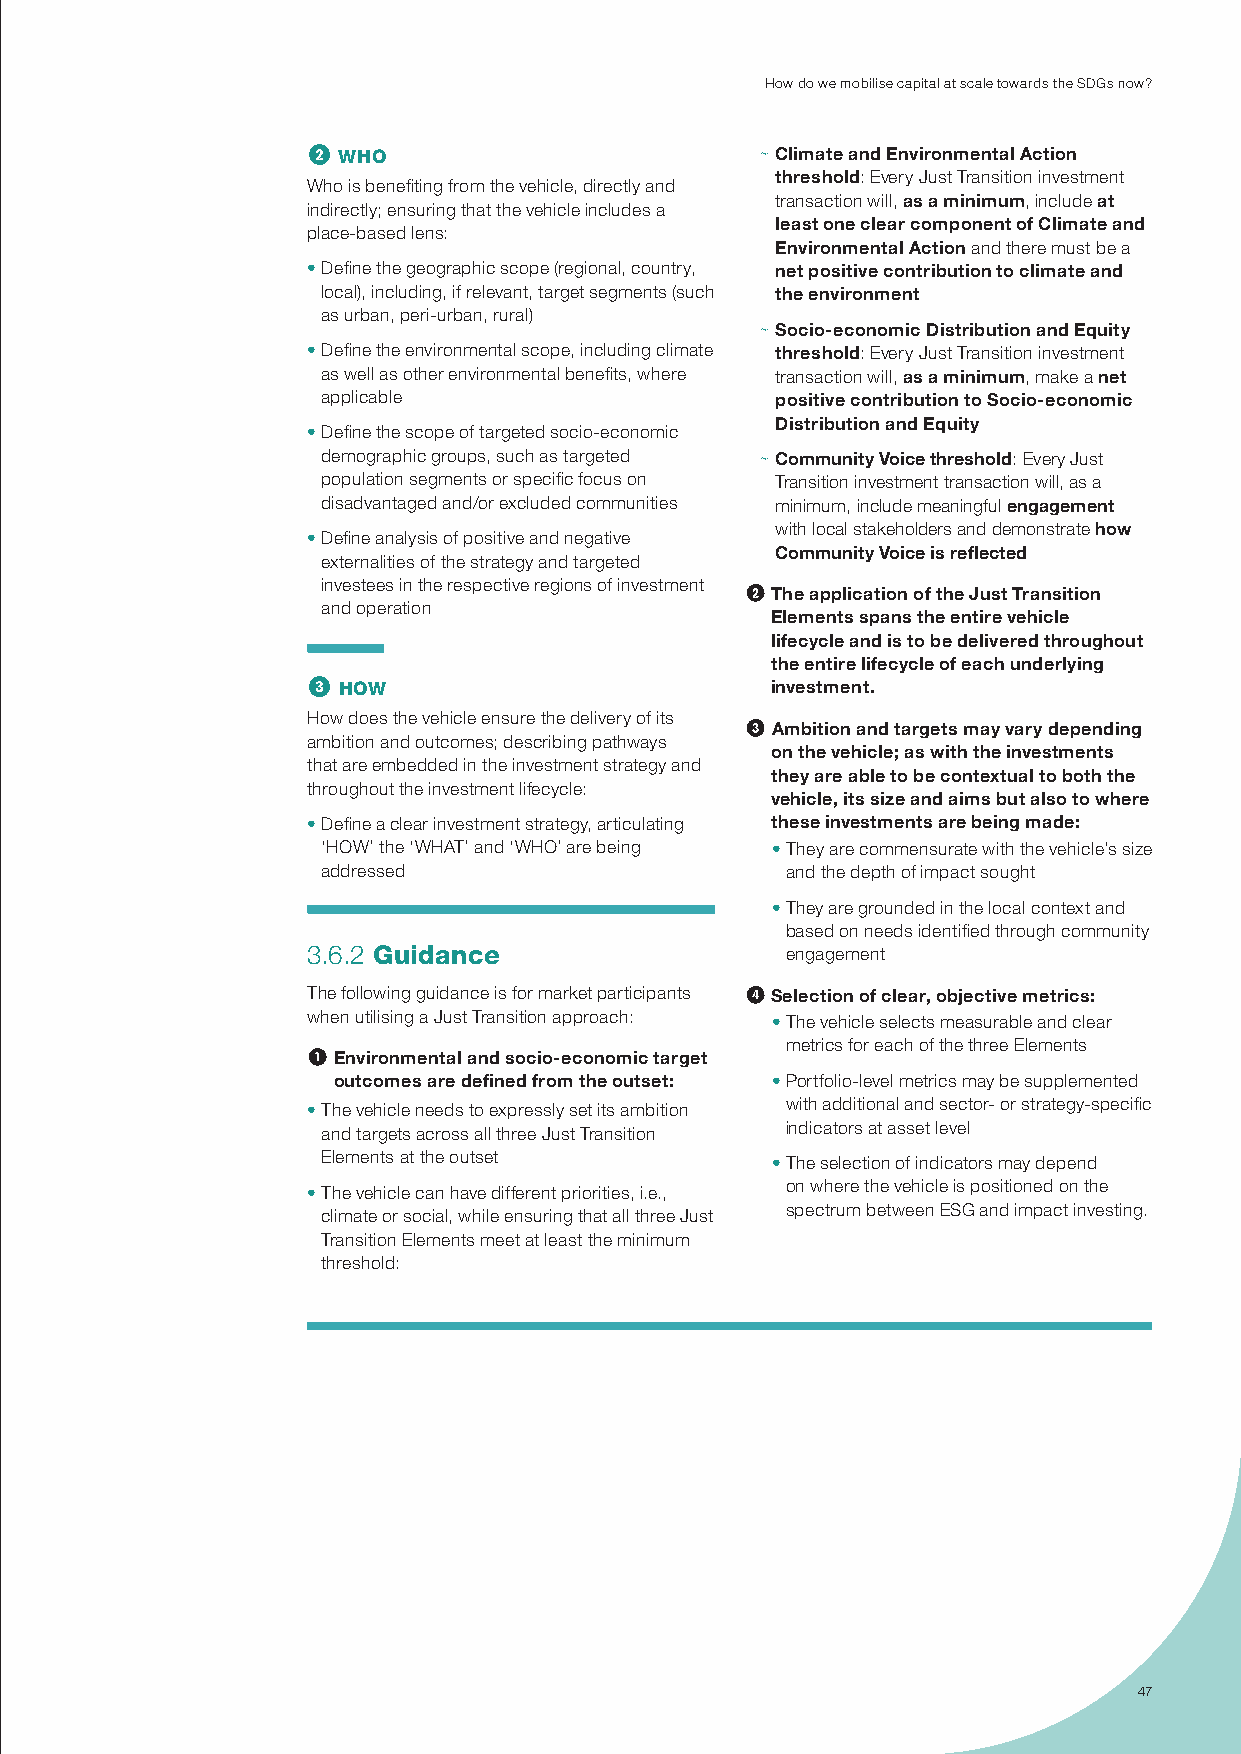
how do we mobilise capital at scale towards the sdGs now?
 2 who                         ~ Climate and Environmental Action
 threshold: every Just transition investment
 Who is benefiting from the vehicle, directly and
 transaction will, as a minimum, include at
 indirectly; ensuring that the vehicle includes a
 least one clear component of Climate and
 place-based lens:
 Environmental Action and there must be a
 • define the geographic scope (regional, country, net positive contribution to climate and
 local), including, if relevant, target segments (such the environment
 as urban, peri-urban, rural)
 ~ Socio-economic Distribution and Equity
 • define the environmental scope, including climate threshold: every Just transition investment
 as well as other environmental benefits, where transaction will, as a minimum, make a net
 applicable                    positive contribution to Socio-economic
 Distribution and Equity
 • define the scope of targeted socio-economic
 demographic groups, such as targeted ~ Community Voice threshold: every Just
 population segments or specific focus on transition investment transaction will, as a
 disadvantaged and/or excluded communities minimum, include meaningful engagement
 with local stakeholders and demonstrate how
 • define analysis of positive and negative
 Community Voice is reflected
 externalities of the strategy and targeted
 investees in the respective regions of investment
 2 The application of the Just Transition
 and operation
 Elements spans the entire vehicle
 lifecycle and is to be delivered throughout
 the entire lifecycle of each underlying
 3 how                          investment.
 how does the vehicle ensure the delivery of its
 3 Ambition and targets may vary depending
 ambition and outcomes; describing pathways
 on the vehicle; as with the investments
 that are embedded in the investment strategy and
 they are able to be contextual to both the
 throughout the investment lifecycle:
 vehicle, its size and aims but also to where
 • define a clear investment strategy, articulating these investments are being made:
 ‘hoW’ the ‘WhAt’ and ‘Who’ are being • they are commensurate with the vehicle’s size
 addressed                      and the depth of impact sought
 • they are grounded in the local context and
 based on needs identified through community
 3.6.2 guidance                  engagement
 the following guidance is for market participants 4 Selection of clear, objective metrics:
 when utilising a Just transition approach: • the vehicle selects measurable and clear
 metrics for each of the three elements
 1 Environmental and socio-economic target
 outcomes are defined from the outset: • portfolio-level metrics may be supplemented
 with additional and sector- or strategy-specific
 • the vehicle needs to expressly set its ambition
 indicators at asset level
 and targets across all three Just transition
 elements at the outset        • the selection of indicators may depend
 on where the vehicle is positioned on the
 • the vehicle can have different priorities, i.e.,
 spectrum between esG and impact investing.
 climate or social, while ensuring that all three Just
 transition elements meet at least the minimum
 threshold:
 47